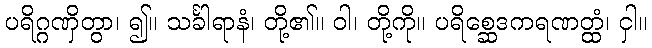
ပရိဂ္ဂဏှိတွာ၊ ၍။ သင်္ခါရာနံ၊ တို့၏။ ဝါ၊ တို့ကို။ ပရိစ္ဆေဒကရဏတ္ထံ၊ ငှါ။